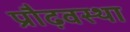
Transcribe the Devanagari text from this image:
प्रौढ़वस्था